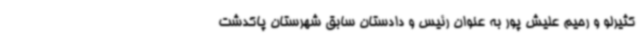
کثیرلو و رحیم علیش پور به عنوان رئیس و دادستان سابق شهرستان پاکدشت